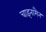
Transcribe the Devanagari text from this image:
चाइनामैन